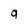
Character: g